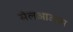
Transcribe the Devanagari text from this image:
सेलआउट्स